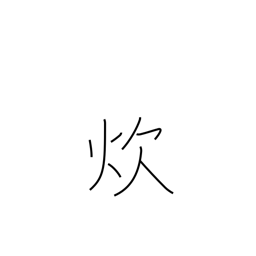
Meaning: cook